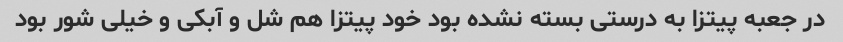
در جعبه پیتزا به درستی بسته نشده بود خود پیتزا هم شل و آبکی و خیلی شور بود